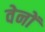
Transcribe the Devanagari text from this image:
वेनों